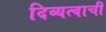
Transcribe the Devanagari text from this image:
दिव्यत्वाची